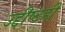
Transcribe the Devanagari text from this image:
उद्दीष्टही